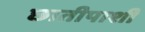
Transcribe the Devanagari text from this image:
छातीपाशी